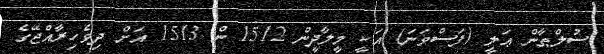
ސުލްޠާން ޢަލީ (ފަސްވަނަ) އަކީ މީލާދީން 1512 ން 1513 އަށް ދިވެހިރާއްޖޭގެ